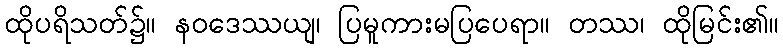
ထိုပရိသတ်၌။ နဝဒေဿယျ၊ ပြမူကားမပြပေရာ။ တဿ၊ ထိုမြင်း၏။